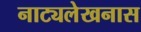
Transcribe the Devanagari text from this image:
नाट्यलेखनास